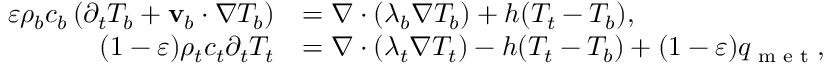
\begin{array} { r l } { \varepsilon \rho _ { b } c _ { b } \left( \partial _ { t } T _ { b } + \mathbf v _ { b } \cdot \nabla T _ { b } \right) } & { = \nabla \cdot ( \lambda _ { b } \nabla T _ { b } ) + h ( T _ { t } - T _ { b } ) , } \\ { ( 1 - \varepsilon ) \rho _ { t } c _ { t } \partial _ { t } T _ { t } } & { = \nabla \cdot ( \lambda _ { t } \nabla T _ { t } ) - h ( T _ { t } - T _ { b } ) + ( 1 - \varepsilon ) q _ { \textrm { m e t } } , } \end{array}